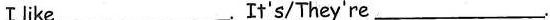
Ⅰ like ___.It's/They're___.